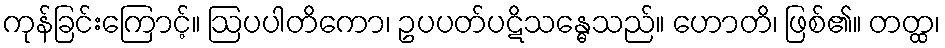
ကုန်ခြင်းကြောင့်။ ဩပပါတိကော၊ ဥပပတ်ပဋိသန္ဓေသည်။ ဟောတိ၊ ဖြစ်၏။ တတ္ထ၊